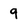
Character: 9